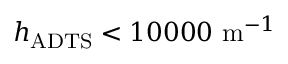
h _ { \mathrm { A D T S } } < 1 0 0 0 0 \ \mathrm { m } ^ { - 1 }